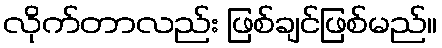
လိုက်တာလည်း ဖြစ်ချင်ဖြစ်မည်။